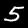
Label: 5